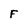
Character: F